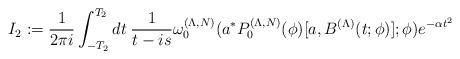
LaTeX: \begin{align*}I_2:=\frac{1}{2\pi i}\int_{-T_2}^{T_2}dt\>\frac{1}{t-is}\omega_0^{(\Lambda,N)}(a^\ast P_0^{(\Lambda,N)}(\phi)[a,B^{(\Lambda)}(t;\phi)];\phi)e^{-\alpha t^2}\end{align*}